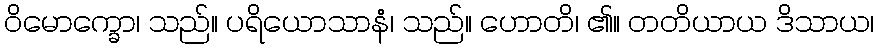
ဝိမောက္ခော၊ သည်။ ပရိယောသာနံ၊ သည်။ ဟောတိ၊ ၏။ တတိယာယ ဒိသာယ၊